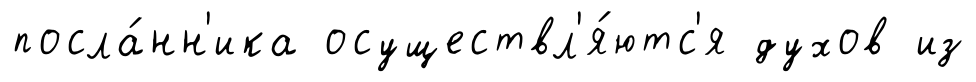
посла́нн'ика осуществл'я́ютс'я духов из